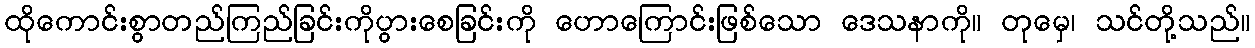
ထိုကောင်းစွာတည်ကြည်ခြင်းကိုပွားစေခြင်းကို ဟောကြောင်းဖြစ်သော ဒေသနာကို။ တုမှေ၊ သင်တို့သည်။